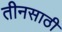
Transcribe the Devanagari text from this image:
तीनसाठी